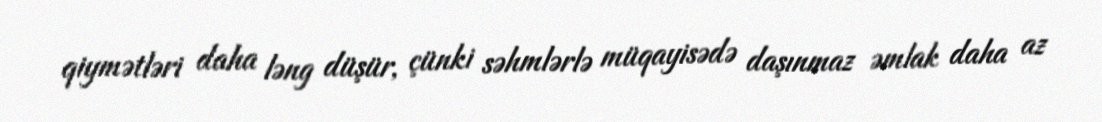
qiymətləri daha ləng düşür, çünki səhmlərlə müqayisədə daşınmaz əmlak daha az